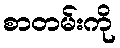
စာတမ်းကို